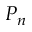
P _ { n }